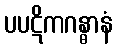
ပပဋိကဂန္ဓာနံ